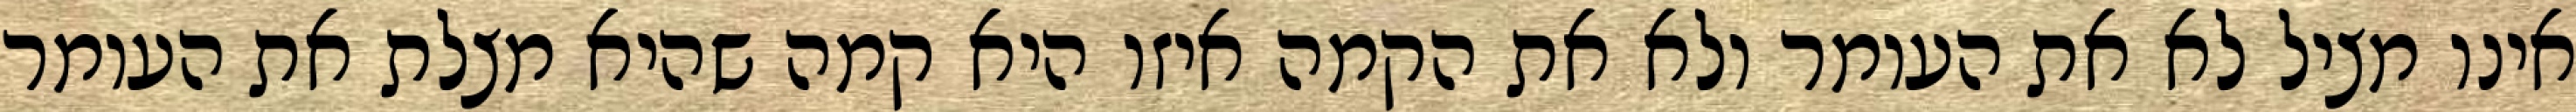
אינו מציל לא את העומר ולא את הקמה איזו היא קמה שהיא מצלת את העומר